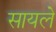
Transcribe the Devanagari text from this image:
सायले